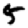
Digit: 5